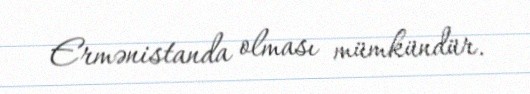
Ermənistanda olması mümkündür.